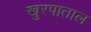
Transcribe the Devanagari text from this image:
खुरपाताल